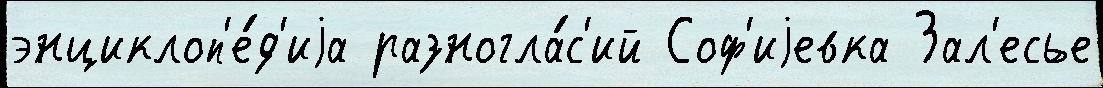
энциклоп'е́д'иjа разногла́с'ий Соф'иjевка Зал'есье